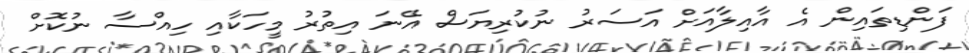
ފަންޑިތައިން އެ އާއިލާއަށް އަސަރު ނުކުރިޔަސް އޭނަ އިތުރު މީހަކާއި ހިއްސާ ނުކޮށް